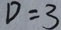
D = 3